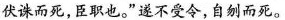
伏诛而死，臣职也。”遂不受令，自刎而死。